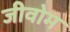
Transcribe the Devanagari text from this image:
जीवोम